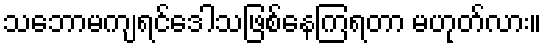
သဘောမကျရင်ဒေါသဖြစ်နေကြရတာ မဟုတ်လား။